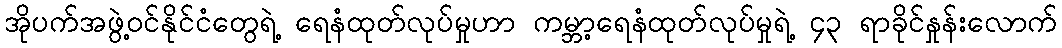
အိုပက်အဖွဲ့ဝင်နိုင်ငံတွေရဲ့ ရေနံထုတ်လုပ်မှုဟာ ကမ္ဘာ့ရေနံထုတ်လုပ်မှုရဲ့ ၄၃ ရာခိုင်နှုန်းလောက်